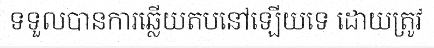
ទទួលបានការឆ្លើយតបនៅឡើយទេ ដោយត្រូវ